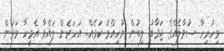
މިހުރިހާ ސުވާލެއްގެ ޖަވާބު ލިބުން މުހިއްމު ކަމެއް.. އަހަރެން ލައްވާ އެމީހާ މަރަން